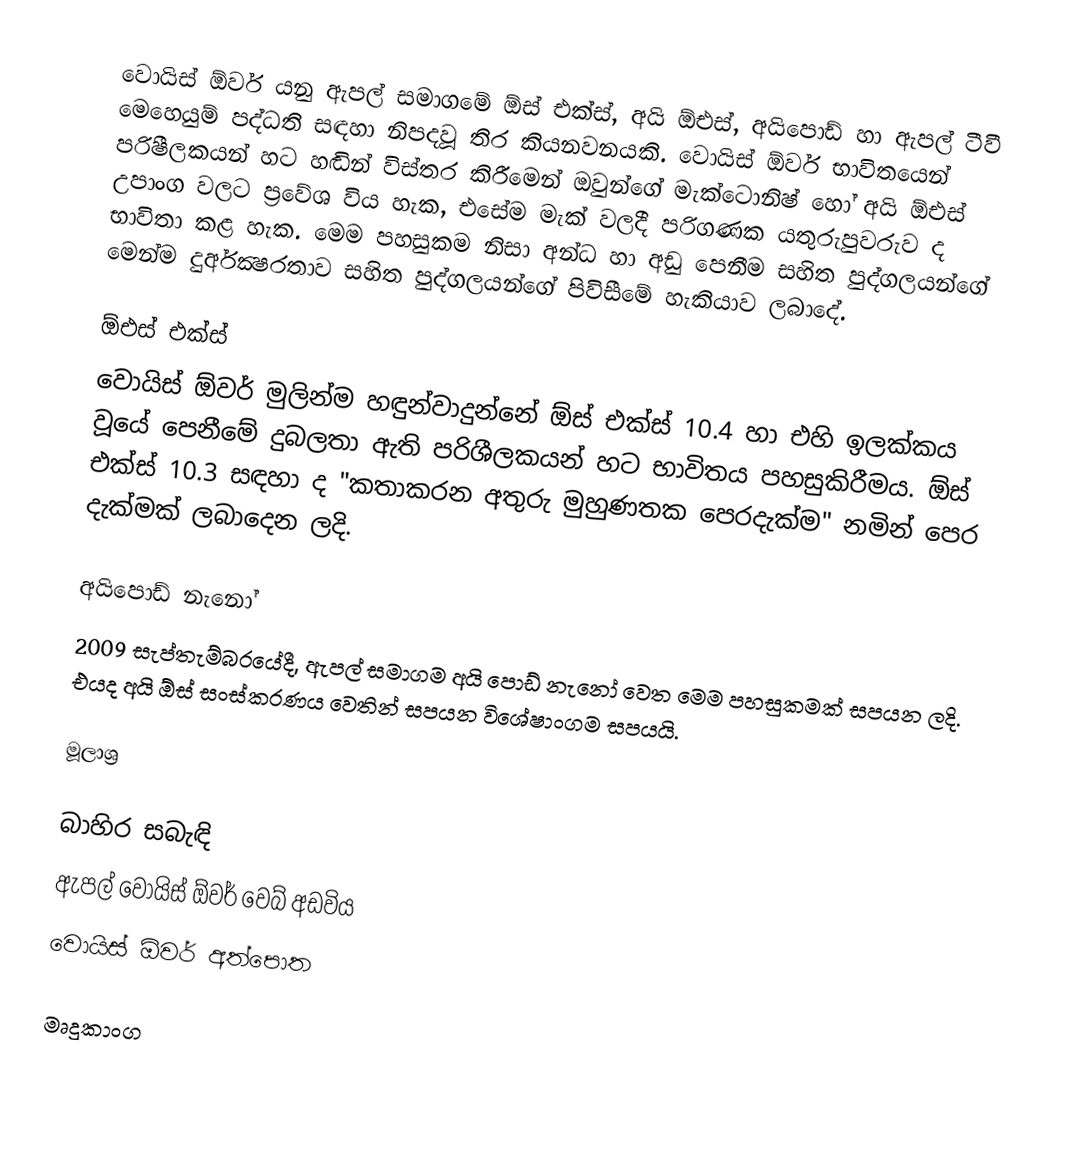
වොයිස් ඕවර් යනු ඇපල් සමාගමේ ඕස් එක්ස්, අයි ඕඑස්, අයිපොඩ් හා ඇපල් ටීවී  මෙහෙයුම් පද්ධති සඳහා නිපදවූ තිර කියනවනයකි. වොයිස් ඕවර් භාවිතයෙන් පරිෂීලකයන් හට හඬින් විස්තර කිරීමෙන් ඔවුන්ගේ මැක්ටොනිෂ් හෝ අයි ඕඑස් උපාංග වලට ප්‍රවේශ විය හැක, එසේම මැක් වලදී පරිගණක යතුරුපුවරුව ද භාවිතා කළ හැක. මෙම පහසුකම නිසා අන්ධ හා අඩු පෙනීම සහිත පුද්ගලයන්ගේ මෙන්ම දුර්අක්‍ෂරතාව සහිත පුද්ගලයන්ගේ පිවිසීමේ හැකියාව ලබාදේ.

ඕඑස් එක්ස්
වොයිස් ඕවර් මුලින්ම හඳුන්වාදුන්නේ ඕස් එක්ස් 10.4 හා එහි ඉලක්කය වූයේ පෙනීමේ දුබලතා ඇති පරිශීලකයන් හට භාවිතය පහසුකිරීමය. ඕස් එක්ස් 10.3 සඳහා ද "කතාකරන අතුරු මුහුණතක පෙරදැක්ම" නමින් පෙර දැක්මක් ලබාදෙන ලදි.

අයිපොඩ් නැනෝ
2009 සැප්තැම්බරයේදී, ඇපල් සමාගම අයි පොඩ් නැනෝ වෙත මෙම පහසුකමක් සපයන ලදි. එයද අයි ඕස් සංස්කරණය වෙතින් සපයන විශේෂාංගම සපයයි.

මූලාශ්‍ර

බාහිර සබැඳි
 ඇපල් වොයිස් ඕවර් වෙබ් අඩවිය
 වොයිස් ඕවර් අත්පොත

මෘදුකාංග